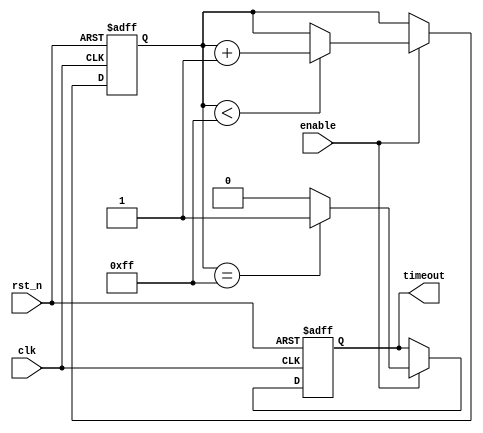
module TimeoutCounter #(
    parameter TIMEOUT_VALUE = 8'd255 // Define the time-out value (255 in this case)
) (
    input wire clk,                 // Clock input
    input wire rst_n,               // Asynchronous active-low reset
    input wire enable,              // Enable signal
    output reg timeout              // Timeout output signal
);

    reg [7:0] counter;              // 8-bit counter

    // Asynchronous reset and counter logic
    always @(posedge clk or negedge rst_n) begin
        if (!rst_n) begin
            counter <= 8'b0;         // Reset counter to 0
            timeout <= 1'b0;         // Clear timeout signal
        end else begin
            if (enable) begin
                if (counter < TIMEOUT_VALUE) begin
                    counter <= counter + 1; // Increment counter
                end
                // Check for timeout condition
                if (counter == TIMEOUT_VALUE) begin
                    timeout <= 1'b1; // Assert timeout when reaching the limit
                end else begin
                    timeout <= 1'b0; // Clear timeout if counter hasn't reached the limit
                end
            end
            // If enable is not active, hold current counter value and timeout output
        end
    end

endmodule